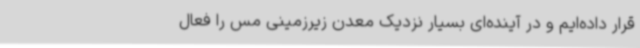
قرار داده‌ایم و در آینده‌ای بسیار نزدیک معدن زیرزمینی مس را فعال